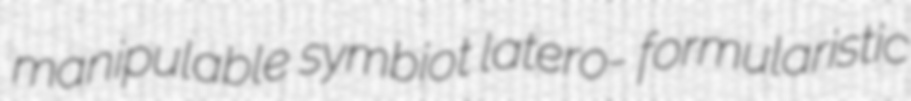
manipulable symbiot latero- formularistic